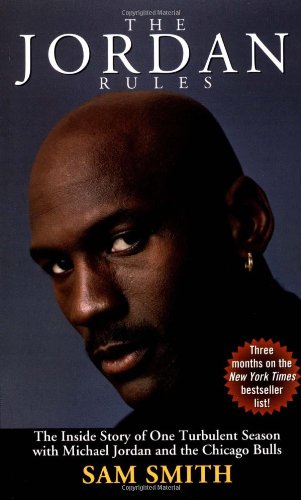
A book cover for The Jordan Rules; Sam Smith; Sports & Outdoors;